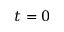
t = 0